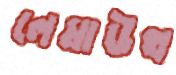
লেমাউথ